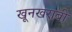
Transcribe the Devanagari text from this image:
खूनखराबी